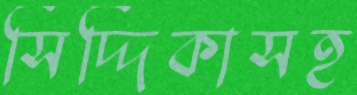
সিদ্দিকাসহ